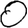
Digit: 0